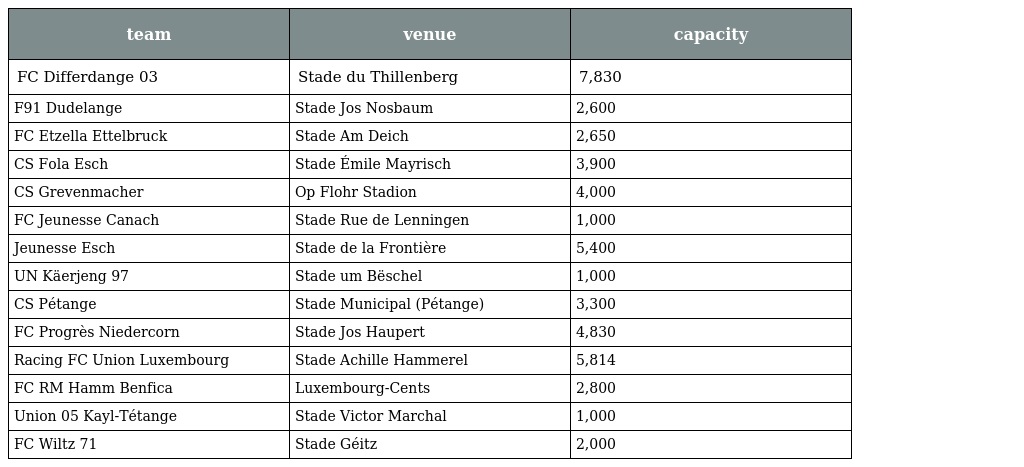
| team | venue | capacity |
 | --- | --- | --- |
 | FC Differdange 03 | Stade du Thillenberg | 7,830 |
 | F91 Dudelange | Stade Jos Nosbaum | 2,600 |
 | FC Etzella Ettelbruck | Stade Am Deich | 2,650 |
 | CS Fola Esch | Stade Émile Mayrisch | 3,900 |
 | CS Grevenmacher | Op Flohr Stadion | 4,000 |
 | FC Jeunesse Canach | Stade Rue de Lenningen | 1,000 |
 | Jeunesse Esch | Stade de la Frontière | 5,400 |
 | UN Käerjeng 97 | Stade um Bëschel | 1,000 |
 | CS Pétange | Stade Municipal (Pétange) | 3,300 |
 | FC Progrès Niedercorn | Stade Jos Haupert | 4,830 |
 | Racing FC Union Luxembourg | Stade Achille Hammerel | 5,814 |
 | FC RM Hamm Benfica | Luxembourg-Cents | 2,800 |
 | Union 05 Kayl-Tétange | Stade Victor Marchal | 1,000 |
 | FC Wiltz 71 | Stade Géitz | 2,000 |